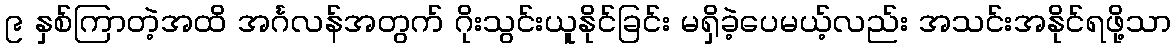
၉ နှစ်ကြာတဲ့အထိ အင်္ဂလန်အတွက် ဂိုးသွင်းယူနိုင်ခြင်း မရှိခဲ့ပေမယ့်လည်း အသင်းအနိုင်ရဖို့သာ